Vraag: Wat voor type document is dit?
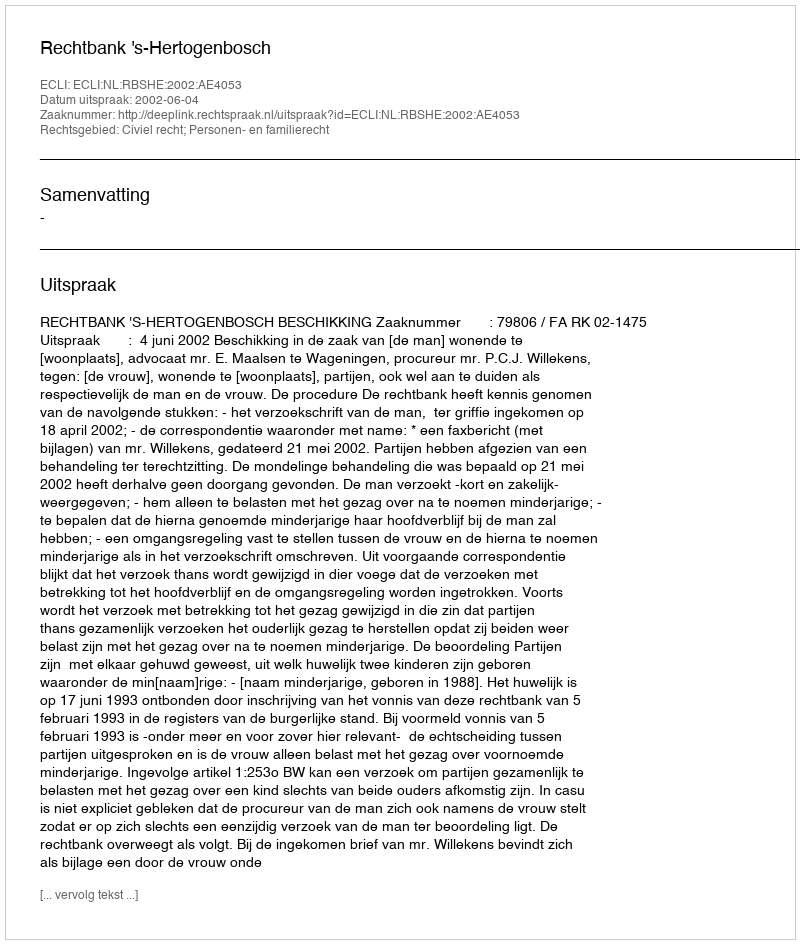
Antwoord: Uitspraak